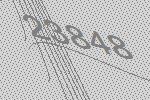
23848